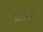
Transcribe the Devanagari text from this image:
स्टीफैनो